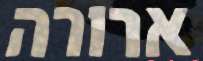
ארורה